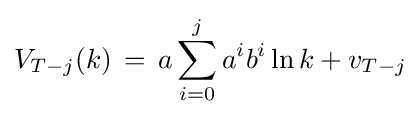
V_{T-j}(k)\,=\,a\sum _{i=0}^{j}a^{i}b^{i}\ln k+v_{T-j}